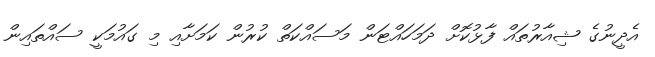
އެދީނުގެ ޝިއާރުތައް ފާޅުކޮށް ދަމަހައްޓަން މަސައްކަތް ކުރުން ކަމަށާއި މި ގައުމަކީ ސައްތައިން